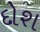
દોશ